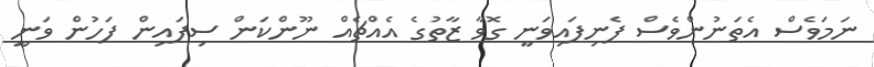
ނަމަވެސް އެތަނުންވެސް ފެނިފައިވަނީ ގޮވާ ޒާތުގެ އެއްޗެއް ނޫންކަން ސިފައިން ފަހުން ވަނީ